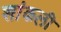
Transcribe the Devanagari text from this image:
शांकली